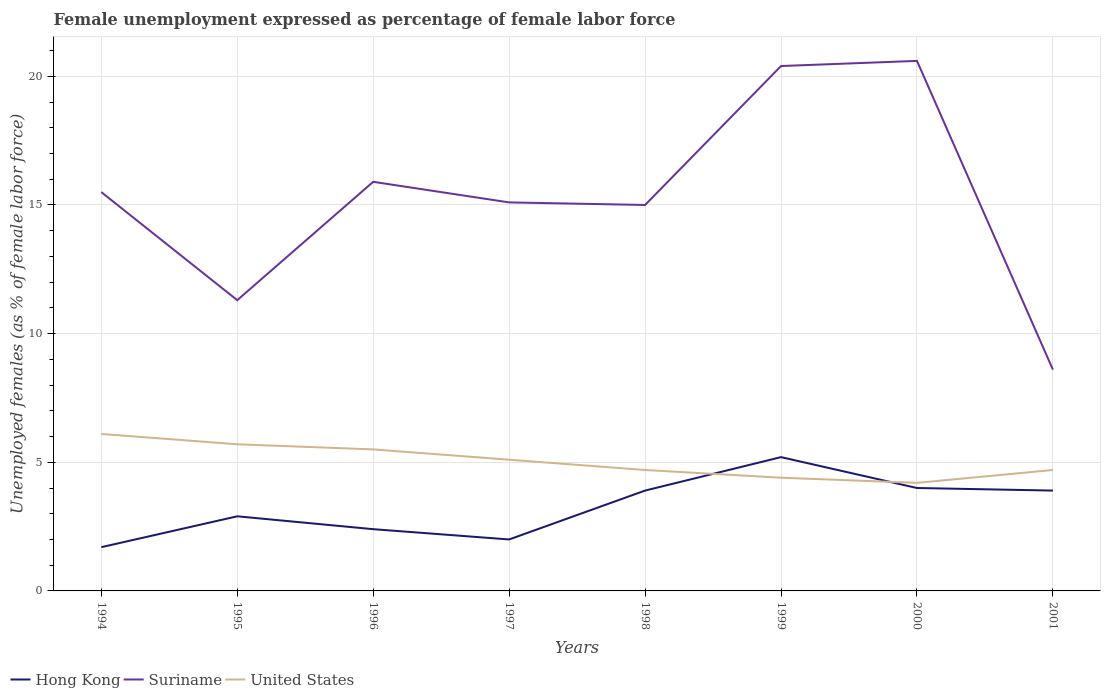
| Years | Hong Kong | Suriname | United States |
 | --- | --- | --- | --- |
 | 1994 | 1.7 | 15.5 | 6.1 |
 | 1995 | 2.9 | 11.3 | 5.7 |
 | 1996 | 2.4 | 15.9 | 5.5 |
 | 1997 | 2 | 15.1 | 5.1 |
 | 1998 | 3.9 | 15 | 4.7 |
 | 1999 | 5.2 | 20.4 | 4.4 |
 | 2000 | 4 | 20.6 | 4.2 |
 | 2001 | 3.9 | 8.6 | 4.7 |